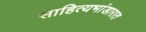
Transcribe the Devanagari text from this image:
साहित्यभांडारात